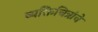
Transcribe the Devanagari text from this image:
व्यक्तिचित्रांचे